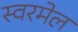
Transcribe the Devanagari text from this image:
स्वरमेल